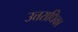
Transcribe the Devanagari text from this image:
उत्तराधिका